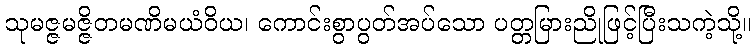
သုမဇ္ဇမဇ္ဇိတမဏိမယံဝိယ၊ ကောင်းစွာပွတ်အပ်သော ပတ္တမြားညိုဖြင့်ပြီးသကဲ့သို့။